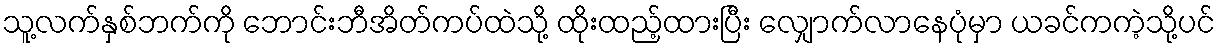
သူ့လက်နှစ်ဘက်ကို ဘောင်းဘီအိတ်ကပ်ထဲသို့ ထိုးထည့်ထားပြီး လျှောက်လာနေပုံမှာ ယခင်ကကဲ့သို့ပင်